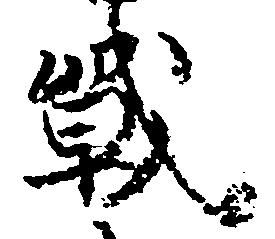
戦